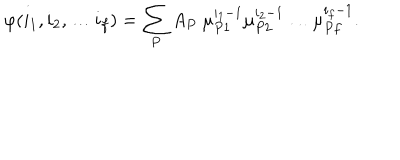
\varphi ( i _ { 1 } , i _ { 2 } , \dots i _ { f } ) = \sum _ { P } A _ { P } \ \mu _ { P 1 } ^ { i _ { 1 } - 1 } \mu _ { P 2 } ^ { i _ { 2 } - 1 } \dots \mu _ { P f } ^ { i _ { f } - 1 } .